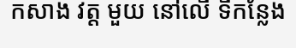
កសាង វត្ត មួយ នៅលើ ទីកន្លែង